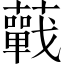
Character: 𧂁